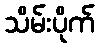
သိမ်းပိုက်